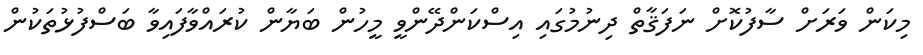
މިކަން ވަރަށް ސާފުކޮށް ނަފަޤާތް ދިނުމުގައި އިސްކަންދޭންވީ މީހުން ބަޔާން ކުރައްވާފައިވާ ބަސްފުޅުތަކުން